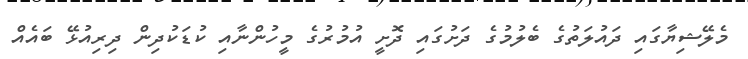
މެލޭޝިޔާގައި ދައުލަތުގެ ބެލުމުގެ ދަށުގައި ދޮށީ އުމުރުގެ މީހުންނާއި ކުޑަކުދިން ދިރިއުޅޭ ބައެއް